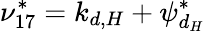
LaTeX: \nu_{17}^{*}=k_{d,H}+\psi_{d_{H}}^{*}